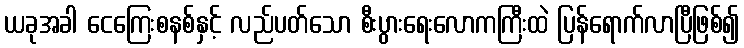
ယခုအခါ ငေကြေးစနစ်နှင့် လည်ပတ်သော စီးပွားရေးလောကကြီးထဲ ပြန်ရောက်လာပြီဖြစ်၍